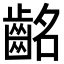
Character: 𪗸